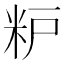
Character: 粐